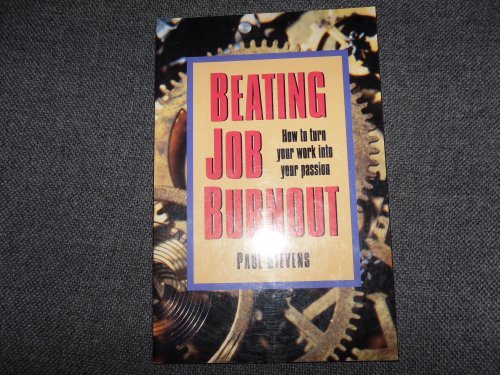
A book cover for Beating Job Burnout: How to Turn Your Work into Your Passion (Careers Series); Paul Stevens; Business & Money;